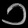
Digit: ၁